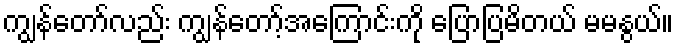
ကျွန်တော်လည်း ကျွန်တော့်အကြောင်းကို ပြောပြမိတယ် မမနွယ်။